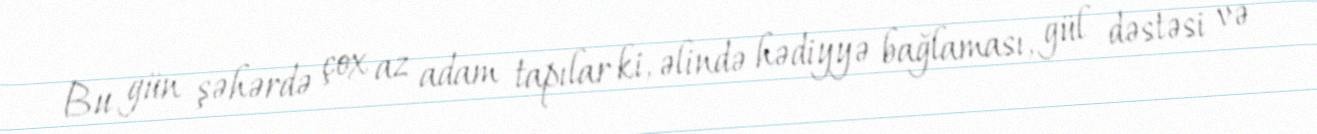
Bu gün şəhərdə çox az adam tapılar ki, əlində hədiyyə bağlaması, gül dəstəsi və